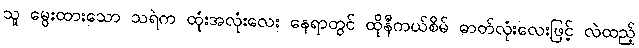
သူ မွေးထားသော သရဲက ထုံးအလုံးလေး နေရာတွင် ထိုနီကယ်စိမ် ဓာတ်လုံးလေးဖြင့် လဲထည့်